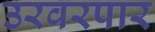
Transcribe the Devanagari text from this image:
उरवरपार